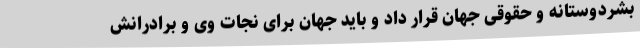
بشردوستانه و حقوقی جهان قرار داد و باید جهان برای نجات وی و برادرانش